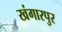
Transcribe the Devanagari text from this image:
खंगारपुर